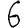
Digit: 6